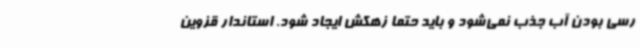
رسی بودن آب جذب نمی‌شود و باید حتماً زهکش ایجاد شود. استاندار قزوین